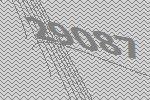
29087